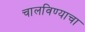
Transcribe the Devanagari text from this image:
चालविण्‍याचा